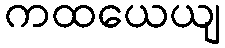
ကထယေယျ